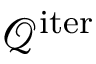
\mathcal { Q } ^ { \mathrm { i t e r } }